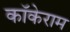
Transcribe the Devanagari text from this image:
कॉकेराम